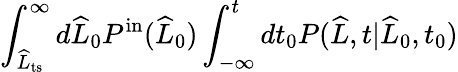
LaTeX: \int_{\widehat{L}_{\mathrm{ts}}}^{\infty}d\widehat{L}_{0}P^{\mathrm{in}}(\widehat{L}_{0})\int_{-\infty}^{t}dt_{0}P(\widehat{L},t|\widehat{L}_{0},t_{0})